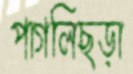
পাগলিছড়া